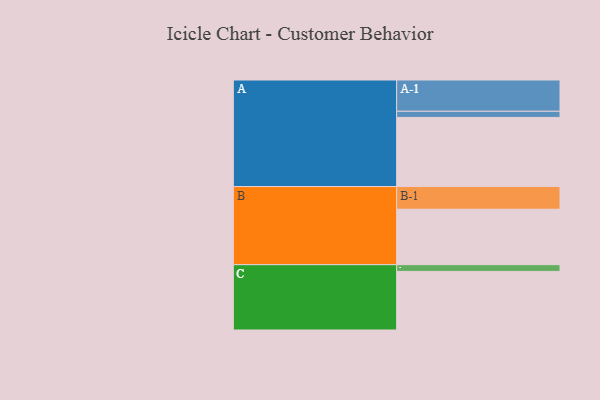
{"axis": {"x": "Segment", "y": "Value"}, "legend": ["", "A", "B", "C"], "data": [{"x": "A", "y": 577, "type": ""}, {"x": "B", "y": 463, "type": ""}, {"x": "C", "y": 489, "type": ""}, {"x": "A-1", "y": 261, "type": "A"}, {"x": "A-2", "y": 51, "type": "A"}, {"x": "B-1", "y": 189, "type": "B"}, {"x": "C-1", "y": 56, "type": "C"}]}